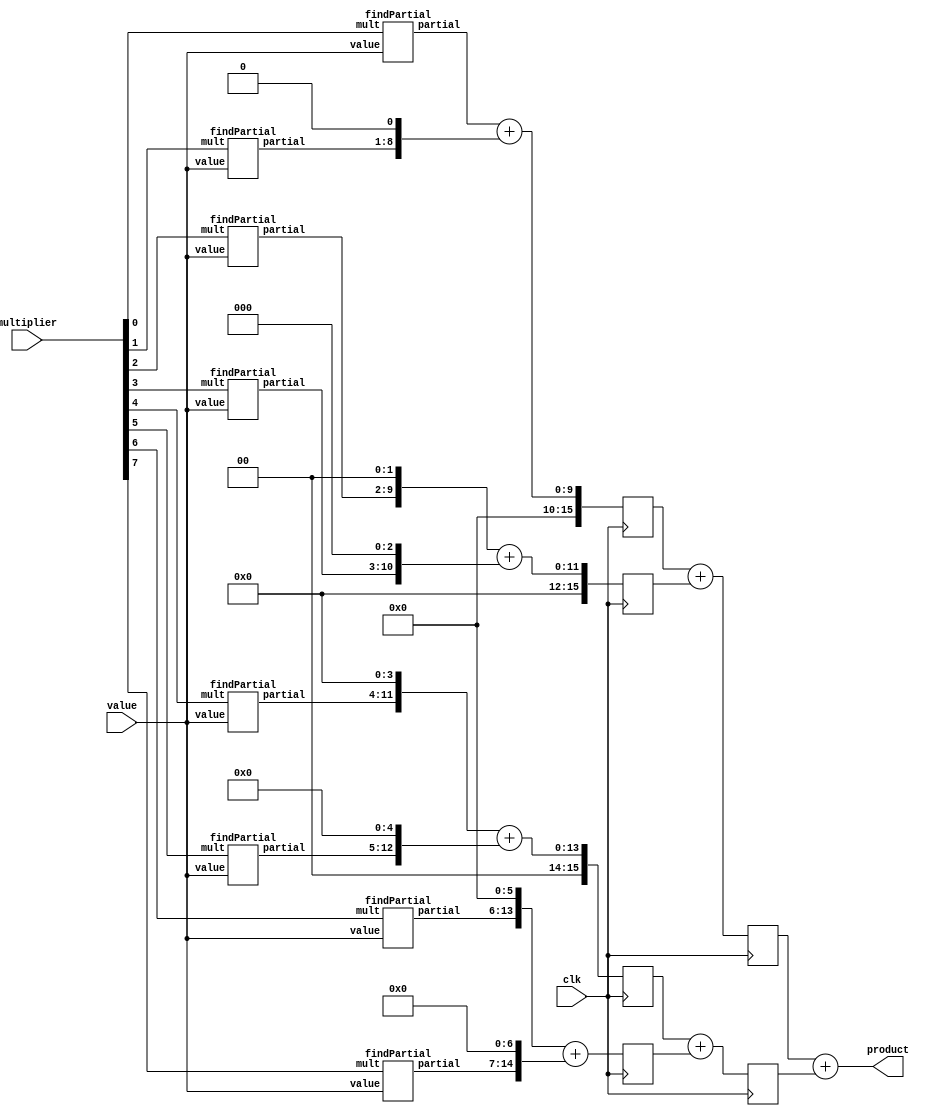
`timescale 1ns / 1ps
//////////////////////////////////////////////////////////////////////////////////
// Module Name: multiplication
// Project Name: 8-bit_calculator
// Target Devices: Xilinx Artix-7 FPGA
// Description: This program multiplies two 8-bit values to produce a 16-bit product.
// Principles of pipelining/parallel processing were implemented for speed enhancements.
//////////////////////////////////////////////////////////////////////////////////

// Multiplies two 8-bit values together and displays a 16-bit product
module multiplication(
    input [7:0] value,  // 8-bit multiplicand
    input [7:0] multiplier, // 8-bit multiplier
    output [15:0] product,  // 16-bit product of the multiplication
    input clk
    );
    
    // 8-bit wire buses to use as input in computing the partial product for each bit in the multiplier 
    wire [7:0] partial0, partial1, partial2, partial3, partial4, partial5, partial6, partial7;
    // 16-bit partial products that will be assigned the correct amount of lagging zeros
    wire [15:0] sum0, sum1, sum2, sum3, sum4, sum5, sum6, sum7; 
    reg [15:0] zero_one, two_three, four_five, six_seven, zeroTothree, fourToseven;
    initial begin 
       zero_one <= 16'h0000;
       two_three <= 16'h0000;
       four_five <= 16'h0000;
       six_seven <= 16'h0000;
       zeroTothree <= 16'h0000;
       fourToseven <= 16'h0000;
    end
    
    // Compute the partial product of the multiplier bits 0 through 7 then assign the appropriate
    // amount of lagging zeros using concatenation operator 
    findPartial P0(multiplier[0], value, partial0);
    assign sum0 = partial0;
    findPartial P1(multiplier[1], value, partial1);
    assign sum1 = {partial1, 1'b0};
    findPartial P2(multiplier[2], value, partial2);
    assign sum2 = {partial2, 2'b00};
    findPartial P3(multiplier[3], value, partial3);
    assign sum3 = {partial3, 3'b000};
    findPartial P4(multiplier[4], value, partial4);
    assign sum4 = {partial4, 4'b0000};
    findPartial P5(multiplier[5], value, partial5);
    assign sum5 = {partial5, 5'b00000};
    findPartial P6(multiplier[6], value, partial6);
    assign sum6 = {partial6, 6'b000000};
    findPartial P7(multiplier[7], value, partial7);
    assign sum7 = {partial7, 7'h00};
    
    always @ (posedge clk) begin
       zero_one <= sum0 + sum1;
       two_three <= sum2 + sum3;
       four_five <= sum4 + sum5;
       six_seven <= sum6 + sum7;
       zeroTothree <= zero_one + two_three;
       fourToseven <= four_five + six_seven;
    end
    // Assign the 16-bit final product to the summation of all the shifted partial products
    //assign product = sum0 + sum1 + sum2 + sum3 + sum4 + sum5 + sum6 + sum7;
    assign product = zeroTothree + fourToseven;
    
endmodule

// Computes the partial product without lagging zeroes
module findPartial(
    input mult,  //The one bit multiplier assigned to each bit in the multiplicand 
    input [7:0] value, // 8-bit multiplicand
    output [7:0] partial  // Partial 8-bit product
    );
    
    // Make the multiplier bit 8-bits wide so it can be multiplied with the multiplicand
    // and assigned to the partial product output
    assign partial[7:0] = {8{mult}} & value[7:0];
    
endmodule